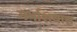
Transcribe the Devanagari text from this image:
गर्भाशयास